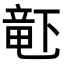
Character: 𬺗